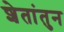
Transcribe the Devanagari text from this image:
शेतांतुन